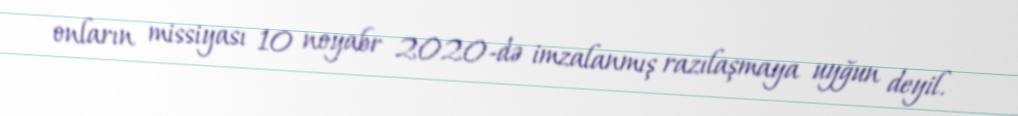
onların missiyası 10 noyabr 2020-də imzalanmış razılaşmaya uyğun deyil.